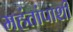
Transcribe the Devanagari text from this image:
महंतांपाशी